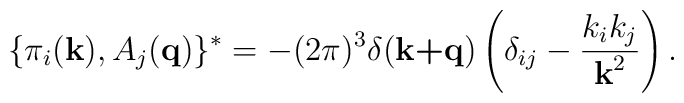
\{\pi_i(\textbf{k}),A_j(\textbf{q})\}^*=-(2\pi)^3\delta(\textbf{k+q})\left(\delta_{ij}-\frac{k_ik_j}{\textbf{k}^2}\right) .